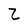
Character: Z